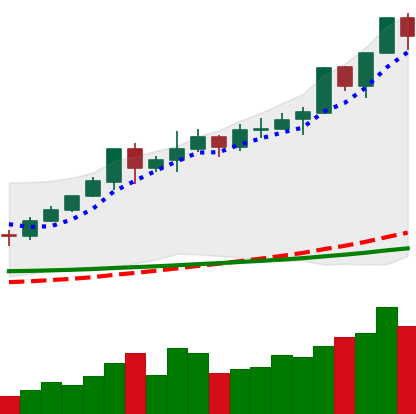
Ticker: XMR-USD
Chart end date: 2020-02-13
Forward return: -6.877%
Label: down_5_7